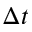
\Delta t